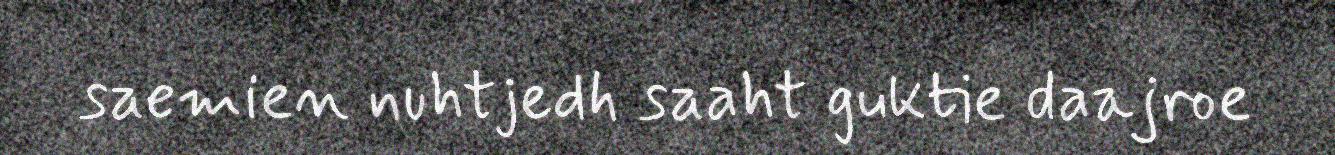
saemien nuhtjedh saaht guktie daajroe